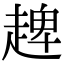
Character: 𧼠